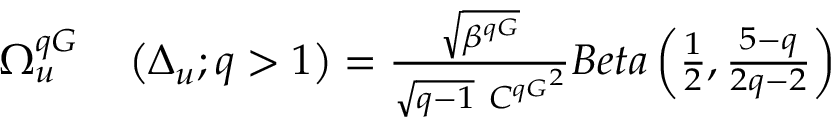
\begin{array} { r l } { \Omega _ { u } ^ { q G } } & { { } \left( \Delta _ { u } ; q > 1 \right) = \frac { \sqrt { \beta ^ { q G } } } { \sqrt { q - 1 } \ { C ^ { q G } } ^ { 2 } } B e t a \left( \frac { 1 } { 2 } , \frac { 5 - q } { 2 q - 2 } \right) } \end{array}